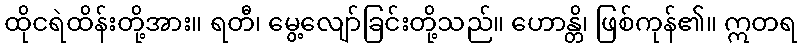
ထိုငရဲထိန်းတို့အား။ ရတီ၊ မွေ့လျော်ခြင်းတို့သည်။ ဟောန္တိ၊ ဖြစ်ကုန်၏။ ဣတရ